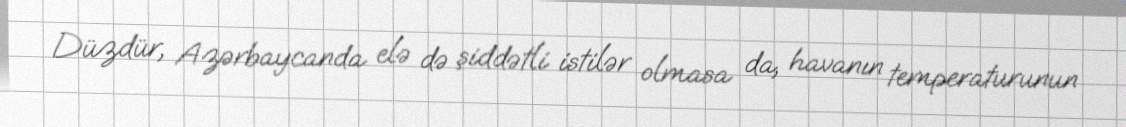
Düzdür, Azərbaycanda elə də şiddətli istilər olmasa da, havanın temperaturunun